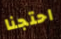
احتجنا